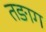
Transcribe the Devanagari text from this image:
तङाग